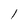
Character: l